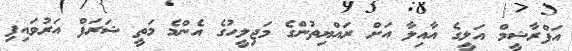
އަފްރާޝީމް އަލީގެ އާއިލާ އަށް ރައްޔިތުންގެ މަޖިލީހުގެ އެންމެ މަތީ ޝަރަފް އަރުވައިފި